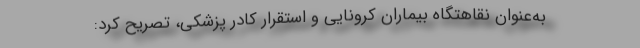
به‌عنوان نقاهتگاه بیماران کرونایی و استقرار کادر پزشکی، تصریح کرد: